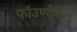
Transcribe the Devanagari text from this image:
फॉउण्देशन